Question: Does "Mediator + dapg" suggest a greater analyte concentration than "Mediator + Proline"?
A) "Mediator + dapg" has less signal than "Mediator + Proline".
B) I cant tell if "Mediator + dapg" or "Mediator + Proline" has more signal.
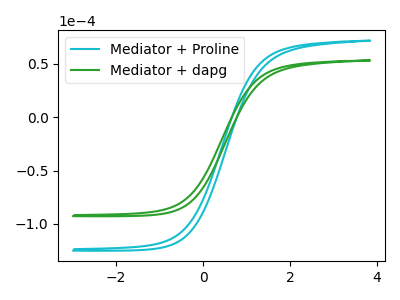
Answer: <think>The cyan curve "Mediator + Proline" has no peaks. The green curve "Mediator + dapg" has no peaks.
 Neither "Mediator + dapg" or "Mediator + Proline" have any peaks.</think>
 <answer>B) I cant tell if "Mediator + dapg" or "Mediator + Proline" has more signal.</answer>
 <eval>B</eval>